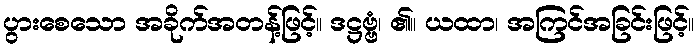
ပွားစေသော အခိုက်အတန့်ဖြင့်။ ဒဋ္ဌဗ္ဗံ၊ ၏။ ယထာ၊ အကြင်အခြင်းဖြင့်။